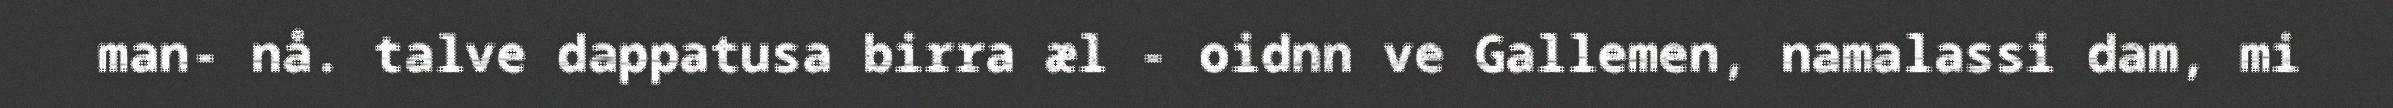
man- nå. talve dappatusa birra æl - oidnn ve Gallemen, namalassi dam, mi